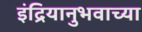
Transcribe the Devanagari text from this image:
इंद्रियानुभवाच्या